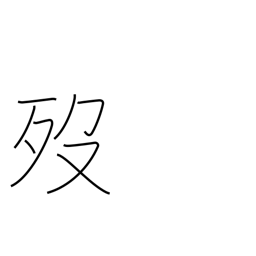
Meaning: die